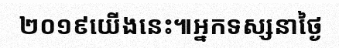
២០១៩យើងនេះ៕អ្នកទស្សនាថ្ងៃ